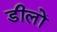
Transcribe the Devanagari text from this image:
डीलों